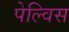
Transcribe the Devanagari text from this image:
पेल्विस